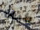
كيف